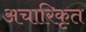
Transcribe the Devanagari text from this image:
अचारिकृत